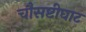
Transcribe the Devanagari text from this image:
चौसष्टीघाट